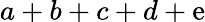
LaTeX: a+b+c+d+\mathrm{e}